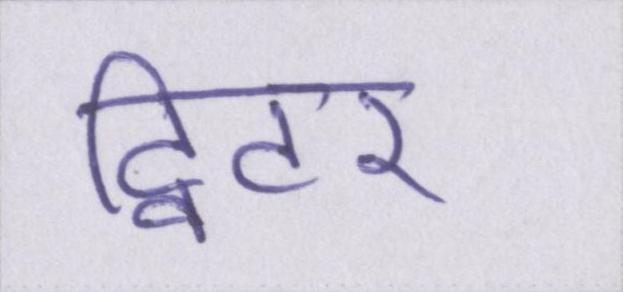
ट्विटर